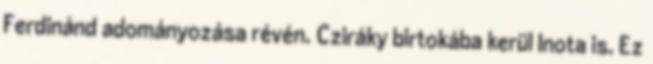
Ferdinánd adományozása révén. Cziráky birtokába kerül Inota is. Ez